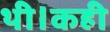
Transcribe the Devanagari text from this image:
थी।कही